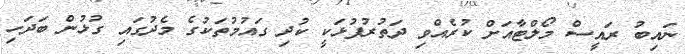
ނައިބު ރައީސް މޯލްޓާއަށް ކުރެއްވި ދަތުރުފުޅަކީ ކުދި ގައުމުތަކުގެ މެދުގައި ގުޅުން ބަދަހި